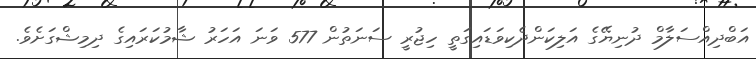
އަބްދިއްސަލާމް ދުނިޔޭގެ އަލިކަންދެކިވަޑައިގަތީ ހިޖުރީ ސަނަތުން 577 ވަނަ އަހަރު ޝާމުކަރައިގެ ދިމިޝްގަށެވެ.